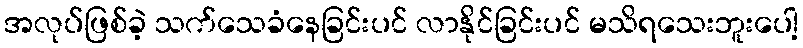
အလုပ်ဖြစ်ခဲ့ သက်သေခံနေခြင်းပင် လာနိုင်ခြင်းပင် မသိရသေးဘူးပေါ့